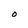
Character: O